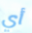
أي